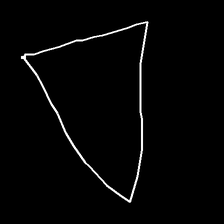
Glyph: convergence